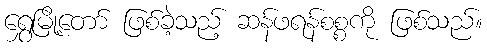
ရွှေမြို့တော် ဖြစ်ခဲ့သည့် ဆန်ဖရန်စစ္စကို ဖြစ်သည်။